On a parasite found in the white corpuscles of the blood of palm squirrels - Number 24
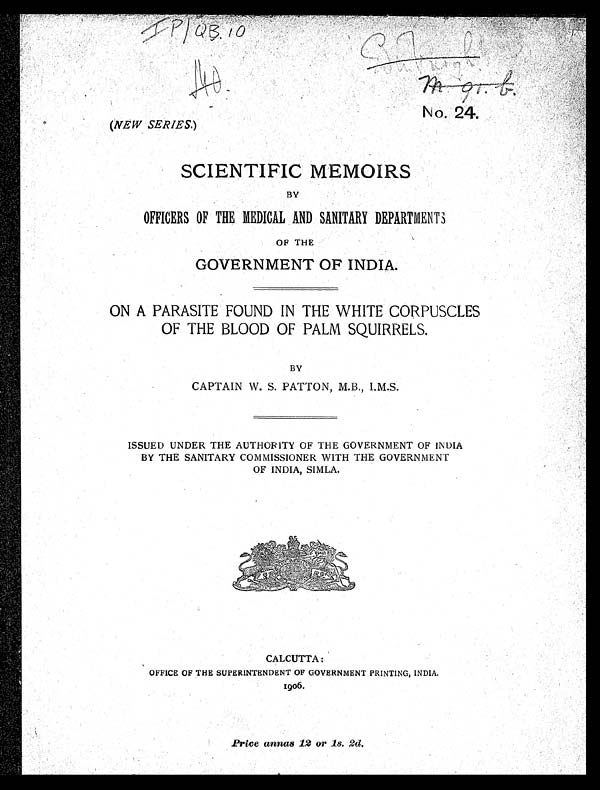
( NEW SERIES. )
No. 24.
IP/QB.10
SCIENTIFIC MEMOIRS
BY
OFFICERS OF THE MEDICAL AND SANITARY DEPARTMENTS
OF THE
GOVERNMENT OF INDIA.
ON A PARASITE FOUND IN THE WHITE CORPUSCLES
OF THE BLOOD OF PALM SQUIRRELS.
BY
CAPTAIN W. S. PATTON, M.B., I.M.S.
ISSUED UNDER THE AUTHORITY OF THE GOVERNMENT OF INDIA
BY THE SANITARY COMMISSIONER WITH THE GOVERNMENT
OF INDIA, SIMLA.
CALCUTTA:
OFFICE OF THE SUPERINTENDENT OF GOVERNMENT PRINTING, INDIA.
1906.
Price annas 12 or 1s. 2d.